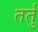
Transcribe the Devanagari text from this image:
तर्तु